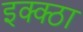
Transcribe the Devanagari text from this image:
इक्क्ठा